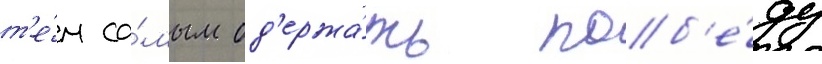
т'е́м са́мым од'ержа́ть поб'е́ду